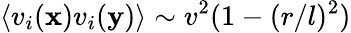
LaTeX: \langle v_{i}(\mathrm{{\textbf{x}}})v_{i}(\mathrm{{\textbf{y}}})\rangle\sim v^{2}(1-(r/l)^{2})